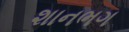
શાનભગ